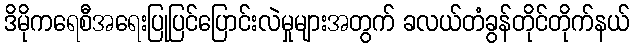
ဒိမိုကရေစီအရေးပြုပြင်ပြောင်းလဲမှုများအတွက် ခလယ်တံခွန်တိုင်တိုက်နယ်